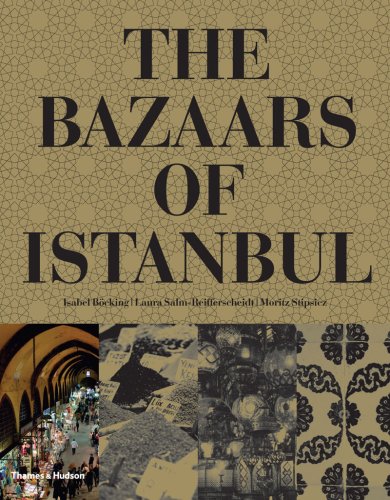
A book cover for The Bazaars of Istanbul; Isabel Bocking; Travel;